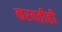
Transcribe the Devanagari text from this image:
करवतीही